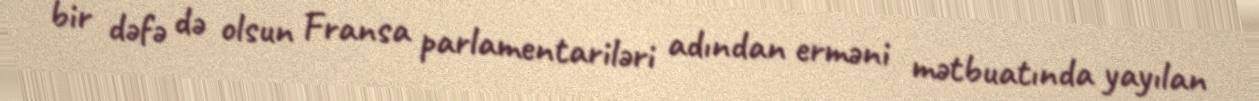
bir dəfə də olsun Fransa parlamentariləri adından erməni mətbuatında yayılan